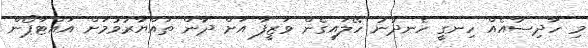
މި ހާދިސާއެއް ހިނގީ ހެނދުނު ހޭލައިގެން ވަޒީފާ އަށް ދާން ތައްޔާރުވުމަށް އައްޓާޕޯން